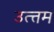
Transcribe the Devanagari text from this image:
उत्त्तम